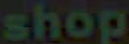
shop